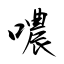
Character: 噥